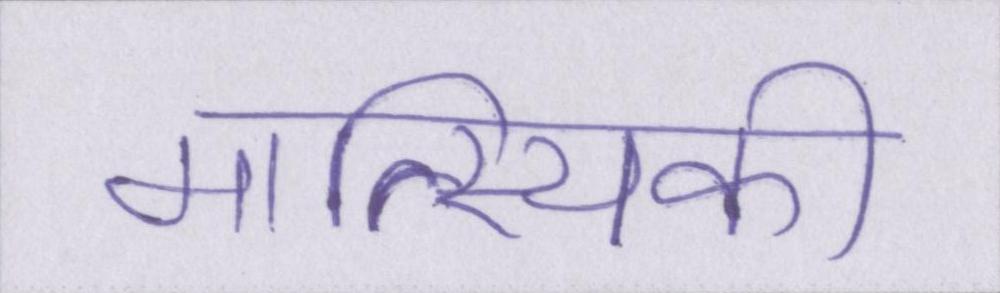
मात्स्यिकी